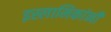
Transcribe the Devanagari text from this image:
इस्लामिकांनी